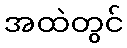
အထဲတွင်